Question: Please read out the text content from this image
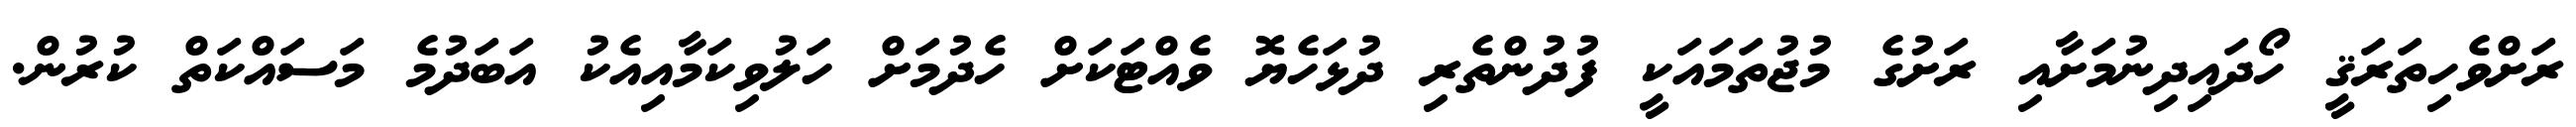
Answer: ރަށްވެހިތަރަޤީ ހޯދައިދިނުމަށާއި ރަށުގެ މުޖުތަމައަކީ ފުދުންތެރި ދުޅަހެޔޮ ވެއްޓަކަށް ހެދުމަށް ހަލުވިކަމާއިއެކު އަބަދުމެ މަސައްކަތް ކުރުން.